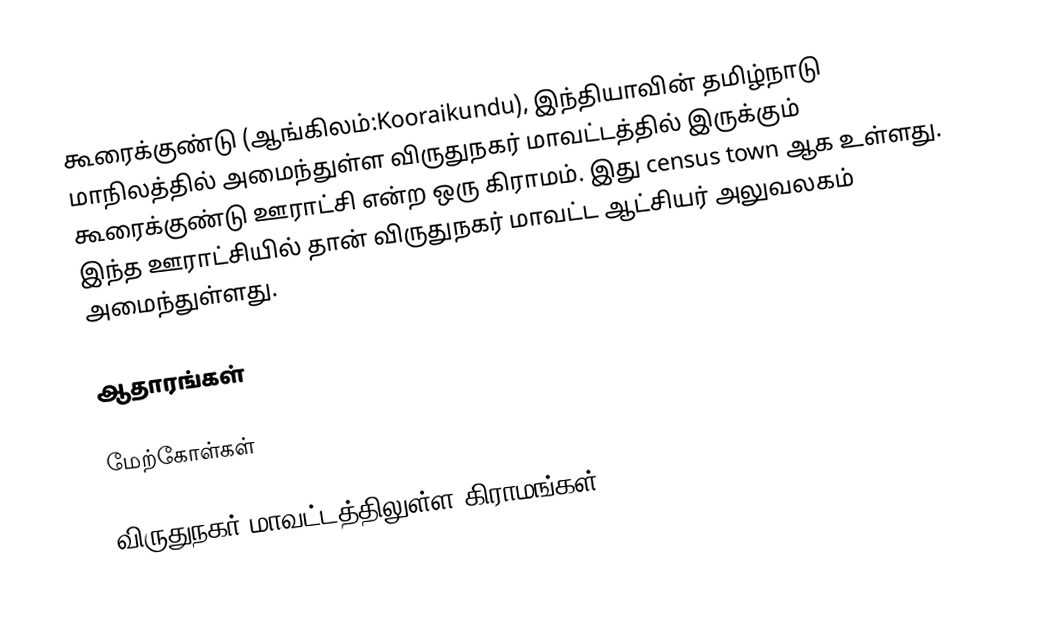
கூரைக்குண்டு (ஆங்கிலம்:Kooraikundu), இந்தியாவின் தமிழ்நாடு மாநிலத்தில் அமைந்துள்ள விருதுநகர் மாவட்டத்தில் இருக்கும் கூரைக்குண்டு ஊராட்சி என்ற ஒரு கிராமம். இது census town ஆக உள்ளது. இந்த ஊராட்சியில் தான் விருதுநகர் மாவட்ட ஆட்சியர் அலுவலகம் அமைந்துள்ளது.

ஆதாரங்கள்

மேற்கோள்கள்

விருதுநகர் மாவட்டத்திலுள்ள கிராமங்கள்